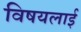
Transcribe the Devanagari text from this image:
विषयलाई